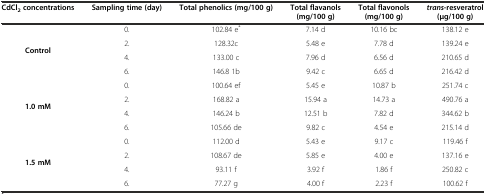
| CdCl2 concentrations | Sampling time (day) | Total phenolics (mg/100 g) | Total flavanols (mg/100 g) | Total flavonols (mg/100 g) | trans-resveratrol (μg/100 g) |
 | --- | --- | --- | --- | --- | --- |
 | <ROWSPAN=4> Control | 0. | 102.84 e* | 7.14 d | 10.16 bc | 138.12 e |
 | 2. | 128.32c | 5.48 e | 7.78 d | 139.24 e |
 | 4. | 133.00 c | 7.96 d | 6.56 d | 210.65 d |
 | 6. | 146.8 1b | 9.42 c | 6.65 d | 216.42 d |
 | <ROWSPAN=4> 1.0 mM | 0. | 100.64 ef | 5.45 e | 10.87 b | 251.74 c |
 | 2. | 168.82 a | 15.94 a | 14.73 a | 490.76 a |
 | 4. | 146.24 b | 12.51 b | 7.82 d | 344.62 b |
 | 6. | 105.66 de | 9.82 c | 4.54 e | 215.14 d |
 | <ROWSPAN=4> 1.5 mM | 0. | 112.00 d | 5.43 e | 9.17 c | 119.46 f |
 | 2. | 108.67 de | 5.85 e | 4.00 e | 137.16 e |
 | 4. | 93.11 f | 3.92 f | 1.86 f | 250.82 c |
 | 6. | 77.27 g | 4.00 f | 2.23 f | 100.62 f |